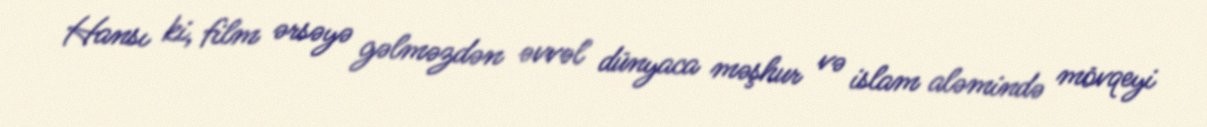
Hansı ki, film ərsəyə gəlməzdən əvvəl dünyaca məşhur və islam aləmində mövqeyi